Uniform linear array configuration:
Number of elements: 4
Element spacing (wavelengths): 0.75
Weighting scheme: kaiser
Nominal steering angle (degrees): -15
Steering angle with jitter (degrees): -14.521
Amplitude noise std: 0.05
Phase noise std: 0.05

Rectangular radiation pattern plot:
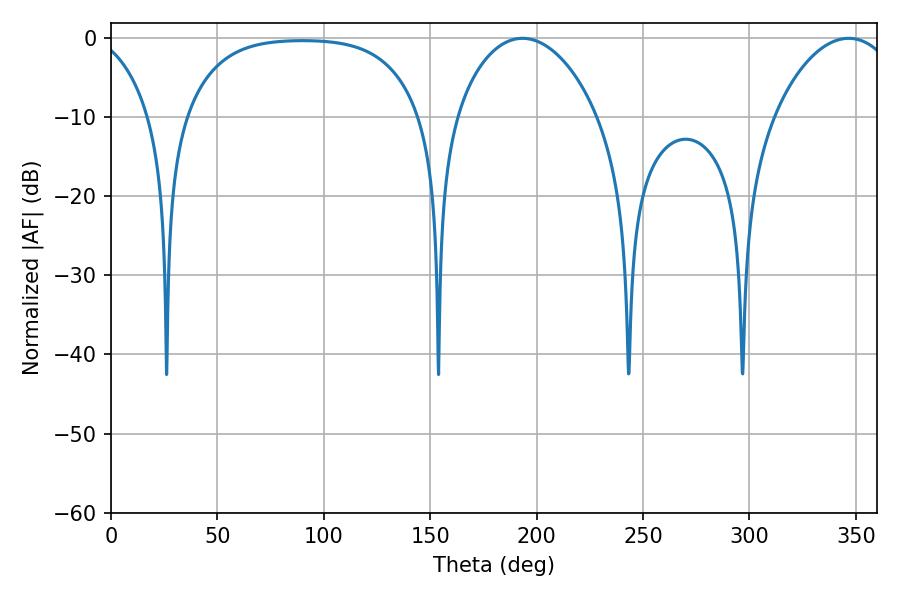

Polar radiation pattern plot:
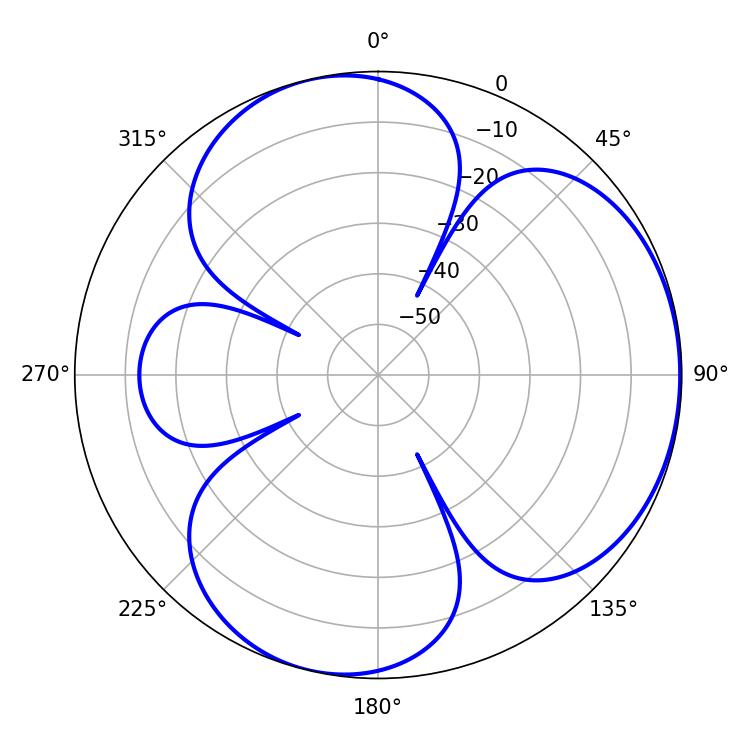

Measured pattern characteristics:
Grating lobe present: TRUE
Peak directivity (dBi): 4.182
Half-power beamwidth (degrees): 37.8
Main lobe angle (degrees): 193.32